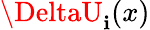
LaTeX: \DeltaU_{\mathbf{i}}(x)